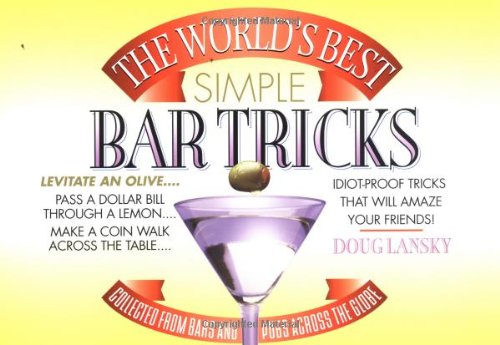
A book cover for The World's Best Simple Bar Tricks; Doug Lansky; Humor & Entertainment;